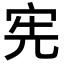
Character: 宪